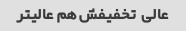
عالی  تخفیفش هم عالیتر